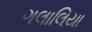
ગલાલિયા